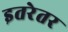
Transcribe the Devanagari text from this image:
इतरेतर